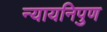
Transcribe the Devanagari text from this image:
न्यायनिपुण